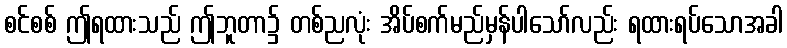
စင်စစ် ဤရထားသည် ဤဘူတာ၌ တစ်ညလုံး အိပ်စက်မည်မှန်ပါသော်လည်း ရထားရပ်သောအခါ